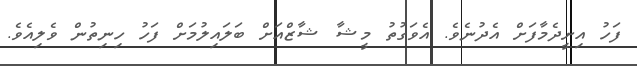
ފަހު އިށީދެމާފަށް އެދުނެވެެ. އެވަގުތު މީޝާ ޝާޒްއަށް ބަލައިލުމަށް ފަހު ހިނިތުން ވެލިއެވެ.